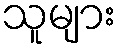
သူများ